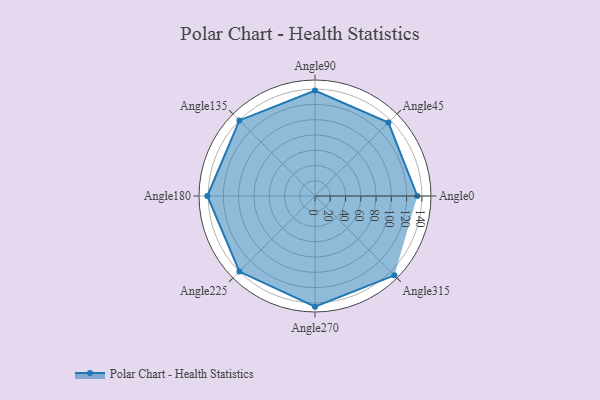
{"axis": {"x": "Angle", "y": "Radius"}, "legend": [""], "data": [{"x": "Angle0", "y": 134.0, "type": ""}, {"x": "Angle45", "y": 136.0, "type": ""}, {"x": "Angle90", "y": 138.0, "type": ""}, {"x": "Angle135", "y": 140.0, "type": ""}, {"x": "Angle180", "y": 141.0, "type": ""}, {"x": "Angle225", "y": 140.0, "type": ""}, {"x": "Angle270", "y": 145.0, "type": ""}, {"x": "Angle315", "y": 147.0, "type": ""}]}